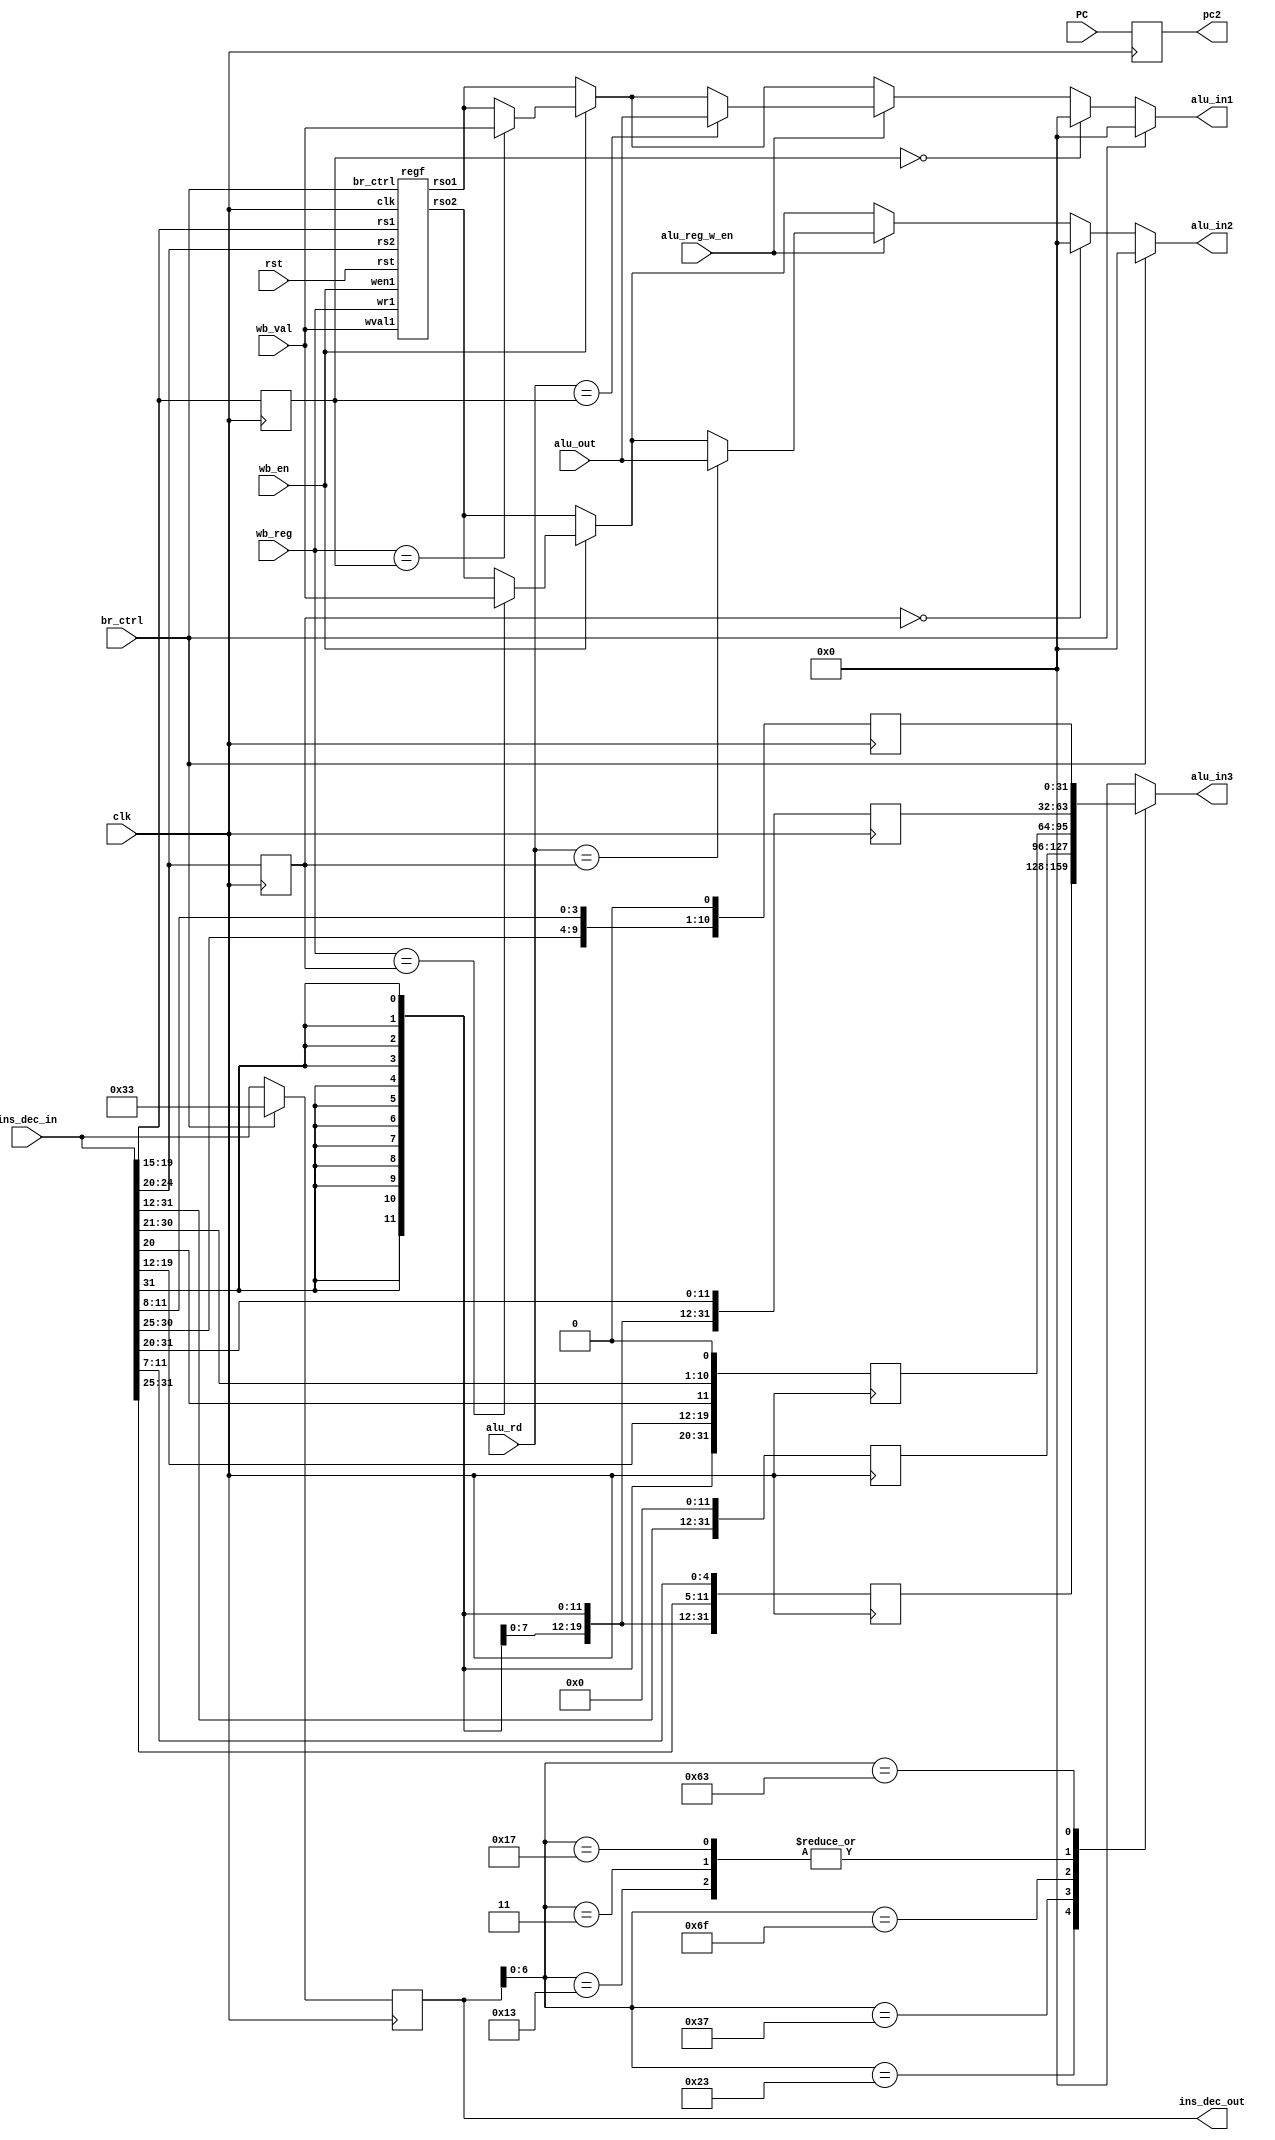
`timescale 1ns / 1ps
//////////////////////////////////////////////////////////////////////////////////
// Company: 
// Engineer: 
// 
// Design Name: 
// Module Name: Read
// Project Name: 
// Target Devices: 
// Tool Versions: 
// Description: 
// 
// Dependencies: 
// 
// Revision:
// Revision 0.01 - File Created
// Additional Comments:
// 
//////////////////////////////////////////////////////////////////////////////////


module Read(clk,PC,br_ctrl,rst,ins_dec_in,
            alu_out,alu_reg_w_en,alu_rd,
            wb_val,wb_en,wb_reg,
            alu_in1,alu_in2,alu_in3,ins_dec_out,pc2
            );
    input clk,rst,wb_en,alu_reg_w_en,br_ctrl;
    input [31:0]ins_dec_in,alu_out,wb_val,PC;
    input[4:0] wb_reg,alu_rd;
    output reg[31:0] ins_dec_out,alu_in3,pc2, alu_in1,alu_in2;
    
    wire[4:0] rs1,rs2;
    
    assign rs1=ins_dec_in[19:15];
    assign rs2=ins_dec_in[24:20]; 
    wire[31:0] rso1,rso2;
    regf regfile(clk,rst,wb_en,br_ctrl,
        rs1,rs2,wb_reg,
        wb_val,
        rso1,rso2);
    
    reg[31:0] nop;
    initial begin
        nop=32'h000033; 
    end
    reg[31:0] hz1,hz2;
    reg[4:0] d1,d2,r1,r2;  
    integer i;
    reg en1,en2,z;   
    reg[31:0] v1,v2,ro1,ro2,pc1,ins;      
    reg[6:0] op;
    reg [31:0] imm1,imm2,imm3,imm4,imm5;
    always@(posedge clk) begin
        ins_dec_out <= br_ctrl == 1 ? nop : ins_dec_in;
        v2 <=wb_val;
        d2 <=wb_reg;  
        pc2 <= PC;
        en2 <= wb_en;
        r1 <= ins_dec_in[19:15];
        r2 <= ins_dec_in[24:20];
        en1 <= alu_reg_w_en;
       imm1 = {ins_dec_in[31:12],12'b0}; // lui, auipc
       imm2 = $signed({ins_dec_in[31],ins_dec_in[19:12],ins_dec_in[20],ins_dec_in[30:21],1'b0});       //**JAL**//
       imm3 = $signed({ins_dec_in[31],ins_dec_in[7],ins_dec_in[30:25],ins_dec_in[11:8],1'b0});  //Branch //
       imm4 = $signed(ins_dec_in[31:20]);        //reg-imm , mem load  //jalr
       imm5 = $signed({ins_dec_in[31:25],ins_dec_in[11:7]});         //mem store
    end
    
    always@(*)begin
        casez(ins_dec_out[6:0])                
            7'b0110011:begin alu_in3 = 0 ; end   //integer r-r//                             
            7'b0010011:begin alu_in3 = imm4 ; end   //integer reg imm//
            7'b0000011:begin alu_in3 = imm4 ; end   //mem load//
            7'b0100011:begin alu_in3 = imm5 ; end //mem store//
            7'b0110111:begin alu_in3 = imm1 ;  end  //LUI AUIPC//               
            7'b1101111:begin alu_in3 = imm2 ;  end//JAL
            7'b0010111:begin alu_in3 = imm4 ; end //JALR          
            7'b1100011:begin alu_in3 = imm3 ; end //branch   
            default: begin  
                alu_in3 = 0;
            end
        endcase
     hz1  = r1 == 0 ? 0: (wb_en == 1 ? (wb_reg == r1 ? wb_val : rso1) : rso1 );
     hz2  = r2 == 0 ? 0: (wb_en == 1 ? (wb_reg == r2 ? wb_val : rso2) : rso2 );
     if(br_ctrl == 1)begin
        alu_in1=0;
        alu_in2=0;
     end
     else begin    
         alu_in1 = r1 == 0 ? 0 :(alu_reg_w_en == 1 ? (alu_rd == r1 ? alu_out : hz1) : hz1 );
         alu_in2 = r2 == 0 ? 0 :(alu_reg_w_en == 1 ? (alu_rd == r2 ? alu_out : hz2) : hz2 );
     end   
    end


endmodule

module regf( clk,rst,wen1,br_ctrl,
        rs1,rs2,wr1,
        wval1,
        rso1,rso2);
    
    input clk,rst,wen1,br_ctrl;
    input[4:0] rs1,rs2,wr1;
    input[31:0] wval1;
    output reg[31:0] rso1,rso2;
    
    reg[31:0] mem[0:31]; 
    integer i;
    
    always@(posedge clk)begin
        if(rst==1)begin
            for (i = 0; i < 32; i = i + 1)
                mem[i] <= 0;
    
        end
        
//        else if(br_ctrl)begin
//            mem[0] = mem[0];
//        end
        
        else begin
            if(wen1==1)begin 
                mem[wr1] <= wr1==0? 0: wval1;
            end
            else begin
                mem[0] <= 0;
            end
        end
    end
   
    always@(negedge clk)begin
        if(rst==1)begin
            rso1<=0;
            rso2<=0;
        end
        else begin
            rso1<=mem[rs1];
            rso2<=mem[rs2];        
        end
    end
endmodule

//module hazard(wb_en,alu_en,
//                wb_reg,alu_rd,rs1,rs2,
//                wb_val,alu_out,rso1,rso2,
//                out1,out2);
                
//    input wb_en,alu_en;
//    input[4:0]  wb_reg,alu_rd,rs1,rs2;
//    input[31:0] wb_val,alu_out,rso1,rso2;
//    output[31:0] out1,out2;
    
//    wire[31:0] hz1,hz2;
    
//    assign hz1  = wb_reg == 0 ? 0: (wb_en == 1 ? (wb_reg == rs1 ? wb_val : rso1) : rso1 );
//    assign hz2  = wb_reg == 0 ? 0: (wb_en == 1 ? (wb_reg == rs1 ? wb_val : rso2) : rso2 );

//    assign out1 = alu_rd == 0 ? 0 :(alu_en == 1 ? (alu_rd == rs1 ? alu_out : hz1) : hz1 );
//    assign out2 = alu_rd == 0 ? 0 :(alu_en == 1 ? (alu_rd == rs1 ? alu_out : hz2) : hz2 );
    
//endmodule